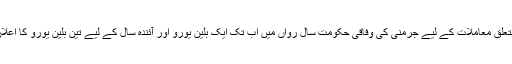
مہاجرين سے متعلق معاملات کے ليے جرمنی کی وفاقی حکومت سال رواں ميں اب تک ايک بلين يورو اور آئندہ سال کے ليے تين بلين يورو کا اعلان کر چکی ہے۔